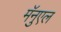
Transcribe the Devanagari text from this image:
मॅनुएल